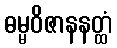
ဓမ္မဝိဇာနနတ္ထံ